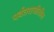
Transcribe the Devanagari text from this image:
पर्वतराजीतील